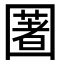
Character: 𡈥